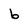
Character: b